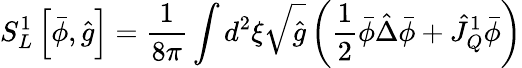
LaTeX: {S_{L}^{1}}\left[\bar{\phi},\hat{g}\right]={\frac{1}{8\pi}}\int{d^{2}}\xi\sqrt{\hat{g}}\left({\frac{1}{2}}\bar{\phi}\hat{\Delta}\bar{\phi}+{\hat{J}_{Q}^{1}}\bar{\phi}\right)